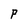
Character: P